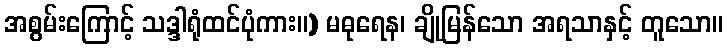
အစွမ်းကြောင့် သဒ္ဒါရုံထင်ပုံကား။) မဓုရေန၊ ချိုမြန်သော အရသာနှင့် တူသော။